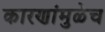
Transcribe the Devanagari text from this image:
कारणांमुळेच